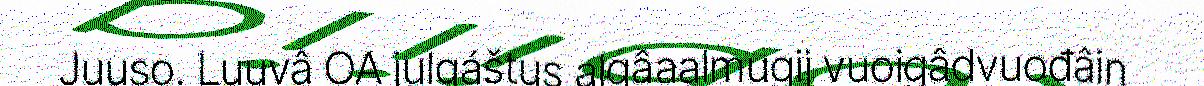
Juuso. Luuvâ OA julgáštus algâaalmugij vuoigâdvuođâin